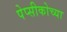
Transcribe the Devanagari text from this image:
पेप्सीकोच्या